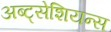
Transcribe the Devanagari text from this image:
अब्ट्सेशियन्स